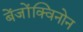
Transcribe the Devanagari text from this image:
बेंजोंक्विनोन